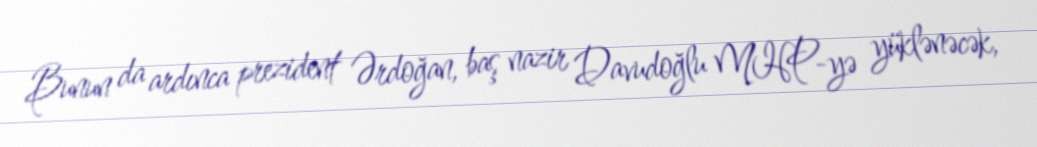
Bunun da ardınca prezident Ərdoğan, baş nazir Davudoğlu MHP-yə yüklənəcək,